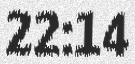
22:14